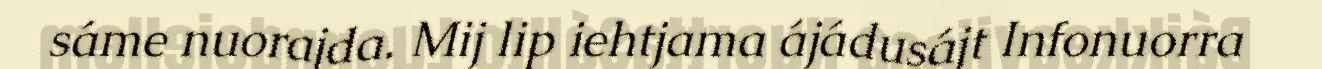
sáme nuorajda. Mij lip iehtjama ájádusájt Infonuorra